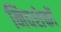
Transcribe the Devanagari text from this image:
निवशेकों